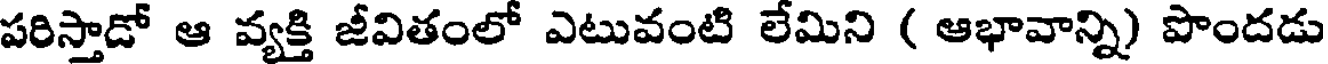
పరిస్తాడో ఆ వ్యక్తి జీవితంలో ఎటువంటి లేమిని ( ఆభావాన్ని) పొందడు